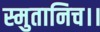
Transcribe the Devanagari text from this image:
स्मुतानिच।।